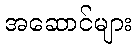
အဆောင်များ